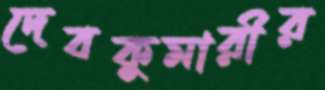
দেবকুমারীর